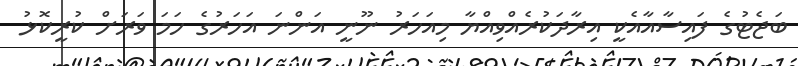
ބަޖެޓުގެ ފައިސާއާއެކީ އިރާދަކުރެއްވިއްޔާ މިއަހަރު ނޫނީ އަންނަ އަހަރުގެ ހަމަ ވަރަށް ކުރީކޮޅު